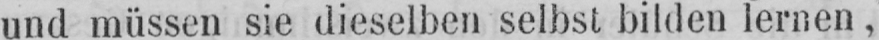
und müssen sie dieselben selbst bilden lernen,